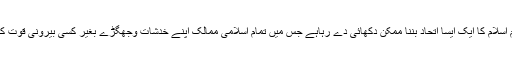
مستقبل قریب میں عالم اسلام کا ایک ایسا اتحاد بننا ممکن دکھائی دے رہاہے جس میں تمام اسلامی ممالک اپنے خدشات وجھگڑے بغیر کسی بیرونی قوت کے حل کرسکیں گے ۔